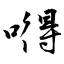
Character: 嘚